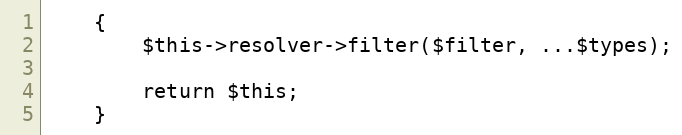
Language: PHP
    {
        $this->resolver->filter($filter, ...$types);

        return $this;
    }